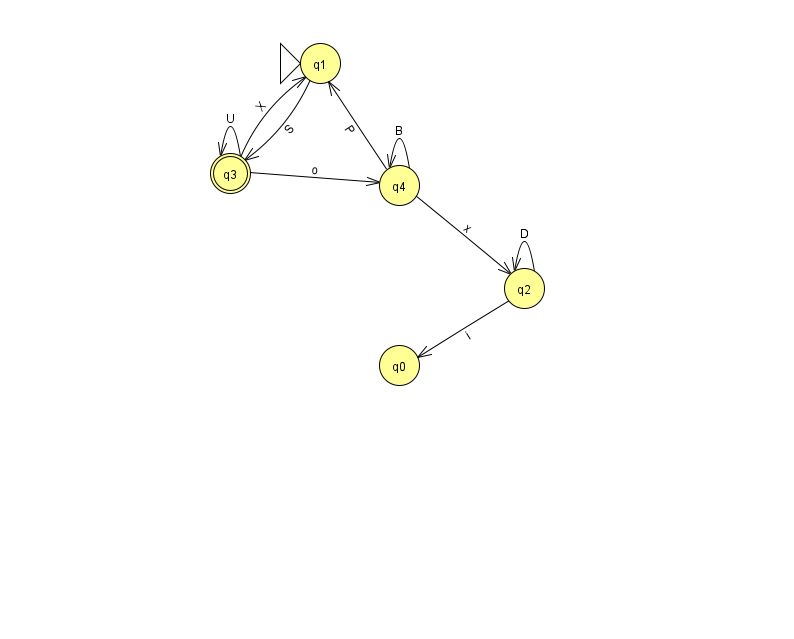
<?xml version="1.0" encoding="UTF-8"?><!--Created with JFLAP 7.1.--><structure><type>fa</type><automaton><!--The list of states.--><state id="0" name="q0"><x>399.0</x><y>352.0</y></state><state id="1" name="q1"><x>320.0</x><y>50.0</y><initial/></state><state id="2" name="q2"><x>524.0</x><y>275.0</y></state><state id="3" name="q3"><x>230.0</x><y>160.0</y><final/></state><state id="4" name="q4"><x>399.0</x><y>172.0</y></state><!--The list of transitions.--><transition><from>4</from><to>2</to><read>x</read></transition><transition><from>4</from><to>4</to><read>B</read></transition><transition><from>3</from><to>1</to><read>X</read></transition><transition><from>2</from><to>2</to><read>D</read></transition><transition><from>2</from><to>0</to><read>i</read></transition><transition><from>3</from><to>3</to><read>U</read></transition><transition><from>1</from><to>3</to><read>S</read></transition><transition><from>3</from><to>4</to><read>o</read></transition><transition><from>4</from><to>1</to><read>P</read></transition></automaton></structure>